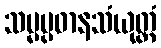
သမ္မပ္ပဓာနသံယုတ္တံ